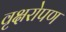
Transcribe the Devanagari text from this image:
वृक्षरोपण